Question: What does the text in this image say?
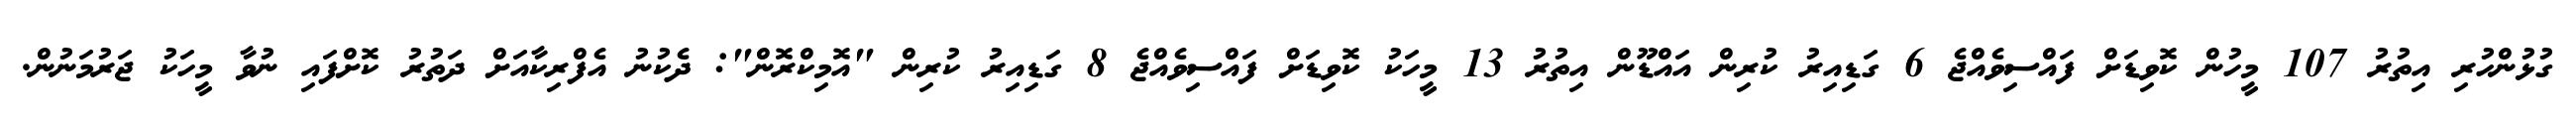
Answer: ގުޅުންހުރި އިތުރު 107 މީހުން ކޮވިޑަށް ފައްސިވެއްޖެ 6 ގަޑިއިރު ކުރިން އައްޑޫން އިތުރު 13 މީހަކު ކޮވިޑަށް ފައްސިވެއްޖެ 8 ގަޑިއިރު ކުރިން "އޮމިކްރޮން": ދެކުނު އެފްރިކާއަށް ދަތުރު ކޮށްފައި ނުވާ މީހަކު ޖަރުމަނުން.